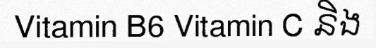
Vitamin B6 Vitamin C និង